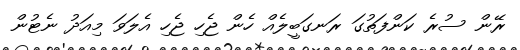
ރޭން ސުރެ ކަންފަތުގަ ރަނގަބީލެއް ހެން ޖެހި ޖެހި އެލަވަ މިއަދު ނެޓުން